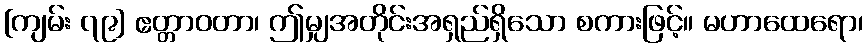
[ကျမ်း ၇၉] ဧတ္တာဝတာ၊ ဤမျှအတိုင်းအရှည်ရှိသော စကားဖြင့်။ မဟာထေရော၊